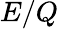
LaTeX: E/Q